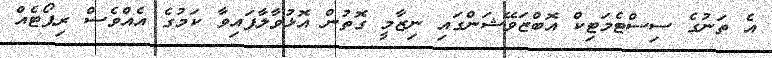
އެ ތަނުގެ ސިސްޓެމަޓިކް އޮބްޒަވޭޝަންގައި ނިޒާމީ ގޮތުން އޮޅުވާލާފައިވާ ކަމުގެ އެއްވެސް ރިޕޯޓެއް